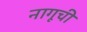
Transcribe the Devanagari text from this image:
नागूची